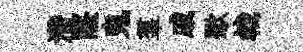
濳窿鬼羣戚歜㦸